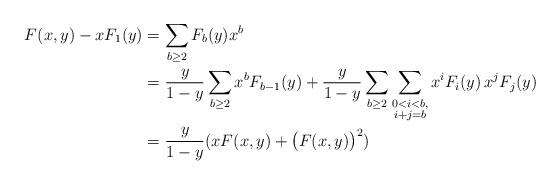
LaTeX: \begin{align*} F(x,y) - xF_1(y) &=\sum_{b \geq 2} F_b(y) x^b\\ &= \frac{y}{1-y} \sum_{b \geq 2} x^bF_{b-1}(y) + \frac{y}{1-y} \sum_{b\geq 2}\sum_{\substack{0<i<b,\\i+j=b}} x^iF_i(y) \,x^jF_j(y)\\ &= \frac{y}{1-y} ( x F(x,y) + \big(F(x,y)\big)^2 )\end{align*}